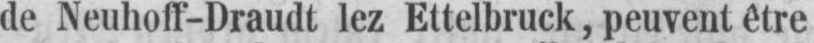
de Neuhoff-Draudt lez Ettelbruck, peuvent être